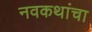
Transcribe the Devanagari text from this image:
नवकथांचा